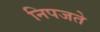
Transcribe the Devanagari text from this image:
निपजते